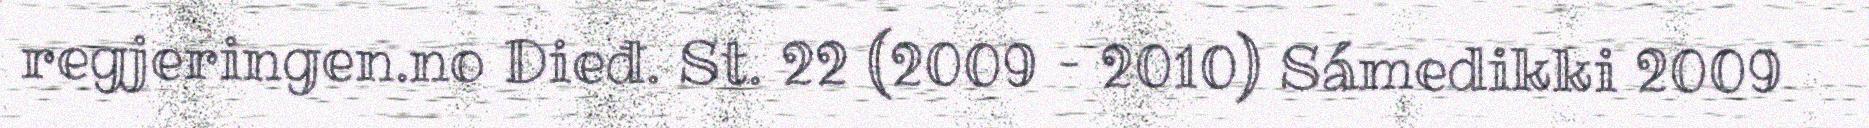
regjeringen.no Dieđ. St. 22 (2009 – 2010) Sámedikki 2009